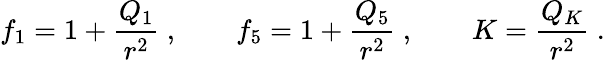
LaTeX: f_{1}=1+{\frac{Q_{1}}{r^{2}}}\ ,\qquad f_{5}=1+{\frac{Q_{5}}{r^{2}}}\ ,\qquad K={\frac{Q_{K}}{r^{2}}}\ .